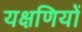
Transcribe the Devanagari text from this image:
यक्षणियों